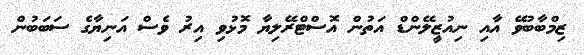
ޒިމްބާބުވޭ އާއި ނިއުޒީލޭންޑް އަތުން އޮސްޓްރޭލިޔާ މޮޅުވި އިރު ވެސް އަނިޔާގެ ސަބަބުން